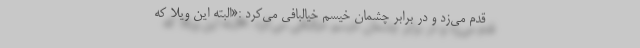
قدم می‌زد و در برابر چشمان خیسم خیالبافی می‌کرد :«البته این ویلا که